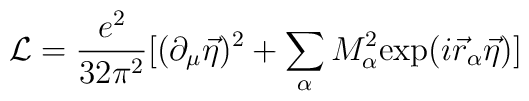
{\cal L}=\frac{e^2}{32\pi^2}[(\partial_\mu\vec\eta )^2+\sum_{\alpha}M_\alpha ^2{\rm exp}(i\vec r_\alpha\vec \eta)]